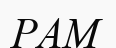
РАМ